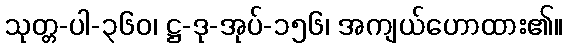
သုတ္တ-ပါ-၃၆၀၊ ဋ္ဌ-ဒု-အုပ်-၁၅၆၊ အကျယ်ဟောထား၏။